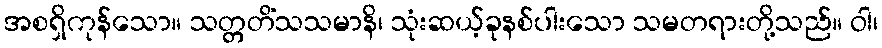
အစရှိကုန်သော။ သတ္တတိံသသမာနိ၊ သုံးဆယ့်ခုနစ်ပါးသော သမတရားတို့သည်။ ဝါ၊